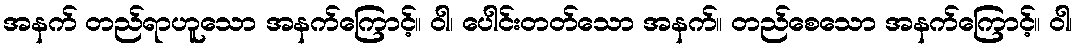
အနက် တည်ရာဟူသော အနက်ကြောင့်။ ဝါ၊ ပေါင်းတတ်သော အနက်။ တည်စေသော အနက်ကြောင့်။ ဝါ၊